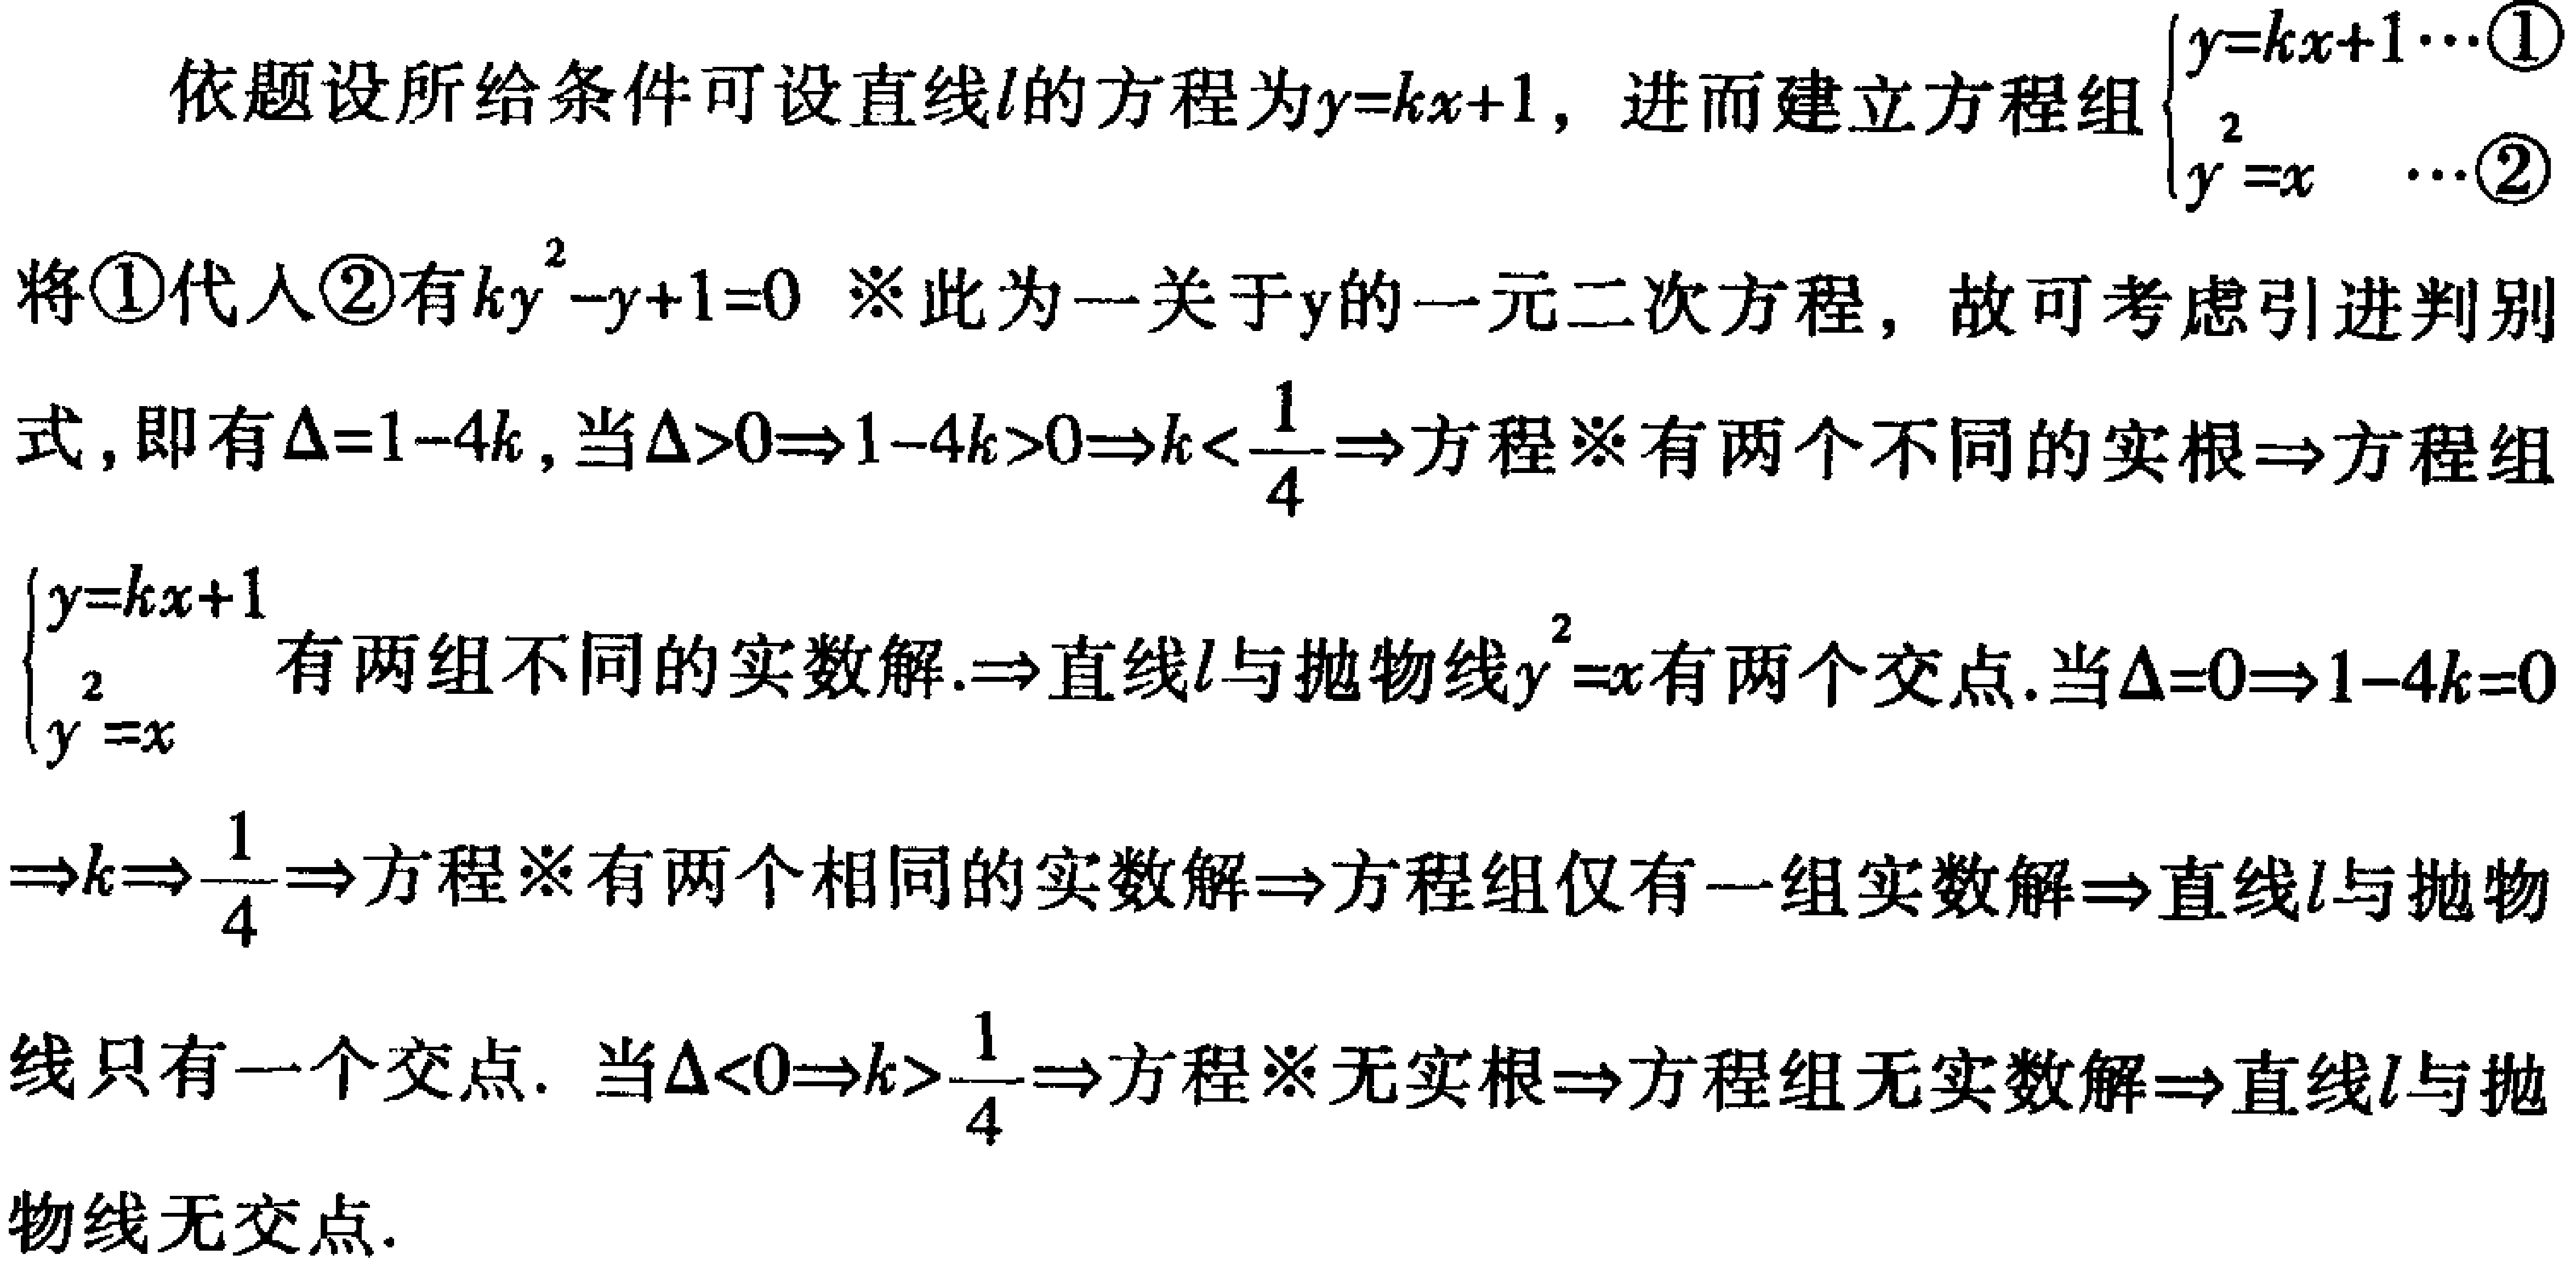
依题设所给条件可设直线\(l\)的方程为\(y = kx + 1\)，进而建立方程组\(\begin{cases}y=kx + 1\cdots\textcircled{1}\\y^{2}=x\ \cdots\textcircled{2}\end{cases}\)
将\textcircled{1}代入\textcircled{2}有\(ky^{2}-y + 1 = 0\) ※此为一关于\(y\)的一元二次方程，故可考虑引进判别式，即有\(\Delta=1 - 4k\)，当\(\Delta>0\Rightarrow1 - 4k>0\Rightarrow k<\frac{1}{4}\Rightarrow\)方程※有两个不同的实根\(\Rightarrow\)方程组\(\begin{cases}y=kx + 1\\y^{2}=x\end{cases}\)有两组不同的实数解.\(\Rightarrow\)直线\(l\)与抛物线\(y^{2}=x\)有两个交点. 当\(\Delta = 0\Rightarrow1 - 4k = 0\Rightarrow k=\frac{1}{4}\Rightarrow\)方程※有两个相同的实数解\(\Rightarrow\)方程组仅有一组实数解\(\Rightarrow\)直线\(l\)与抛物线只有一个交点. 当\(\Delta<0\Rightarrow k>\frac{1}{4}\Rightarrow\)方程※无实根\(\Rightarrow\)方程组无实数解\(\Rightarrow\)直线\(l\)与抛物线无交点.